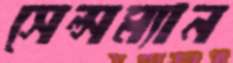
সেল্সম্যান